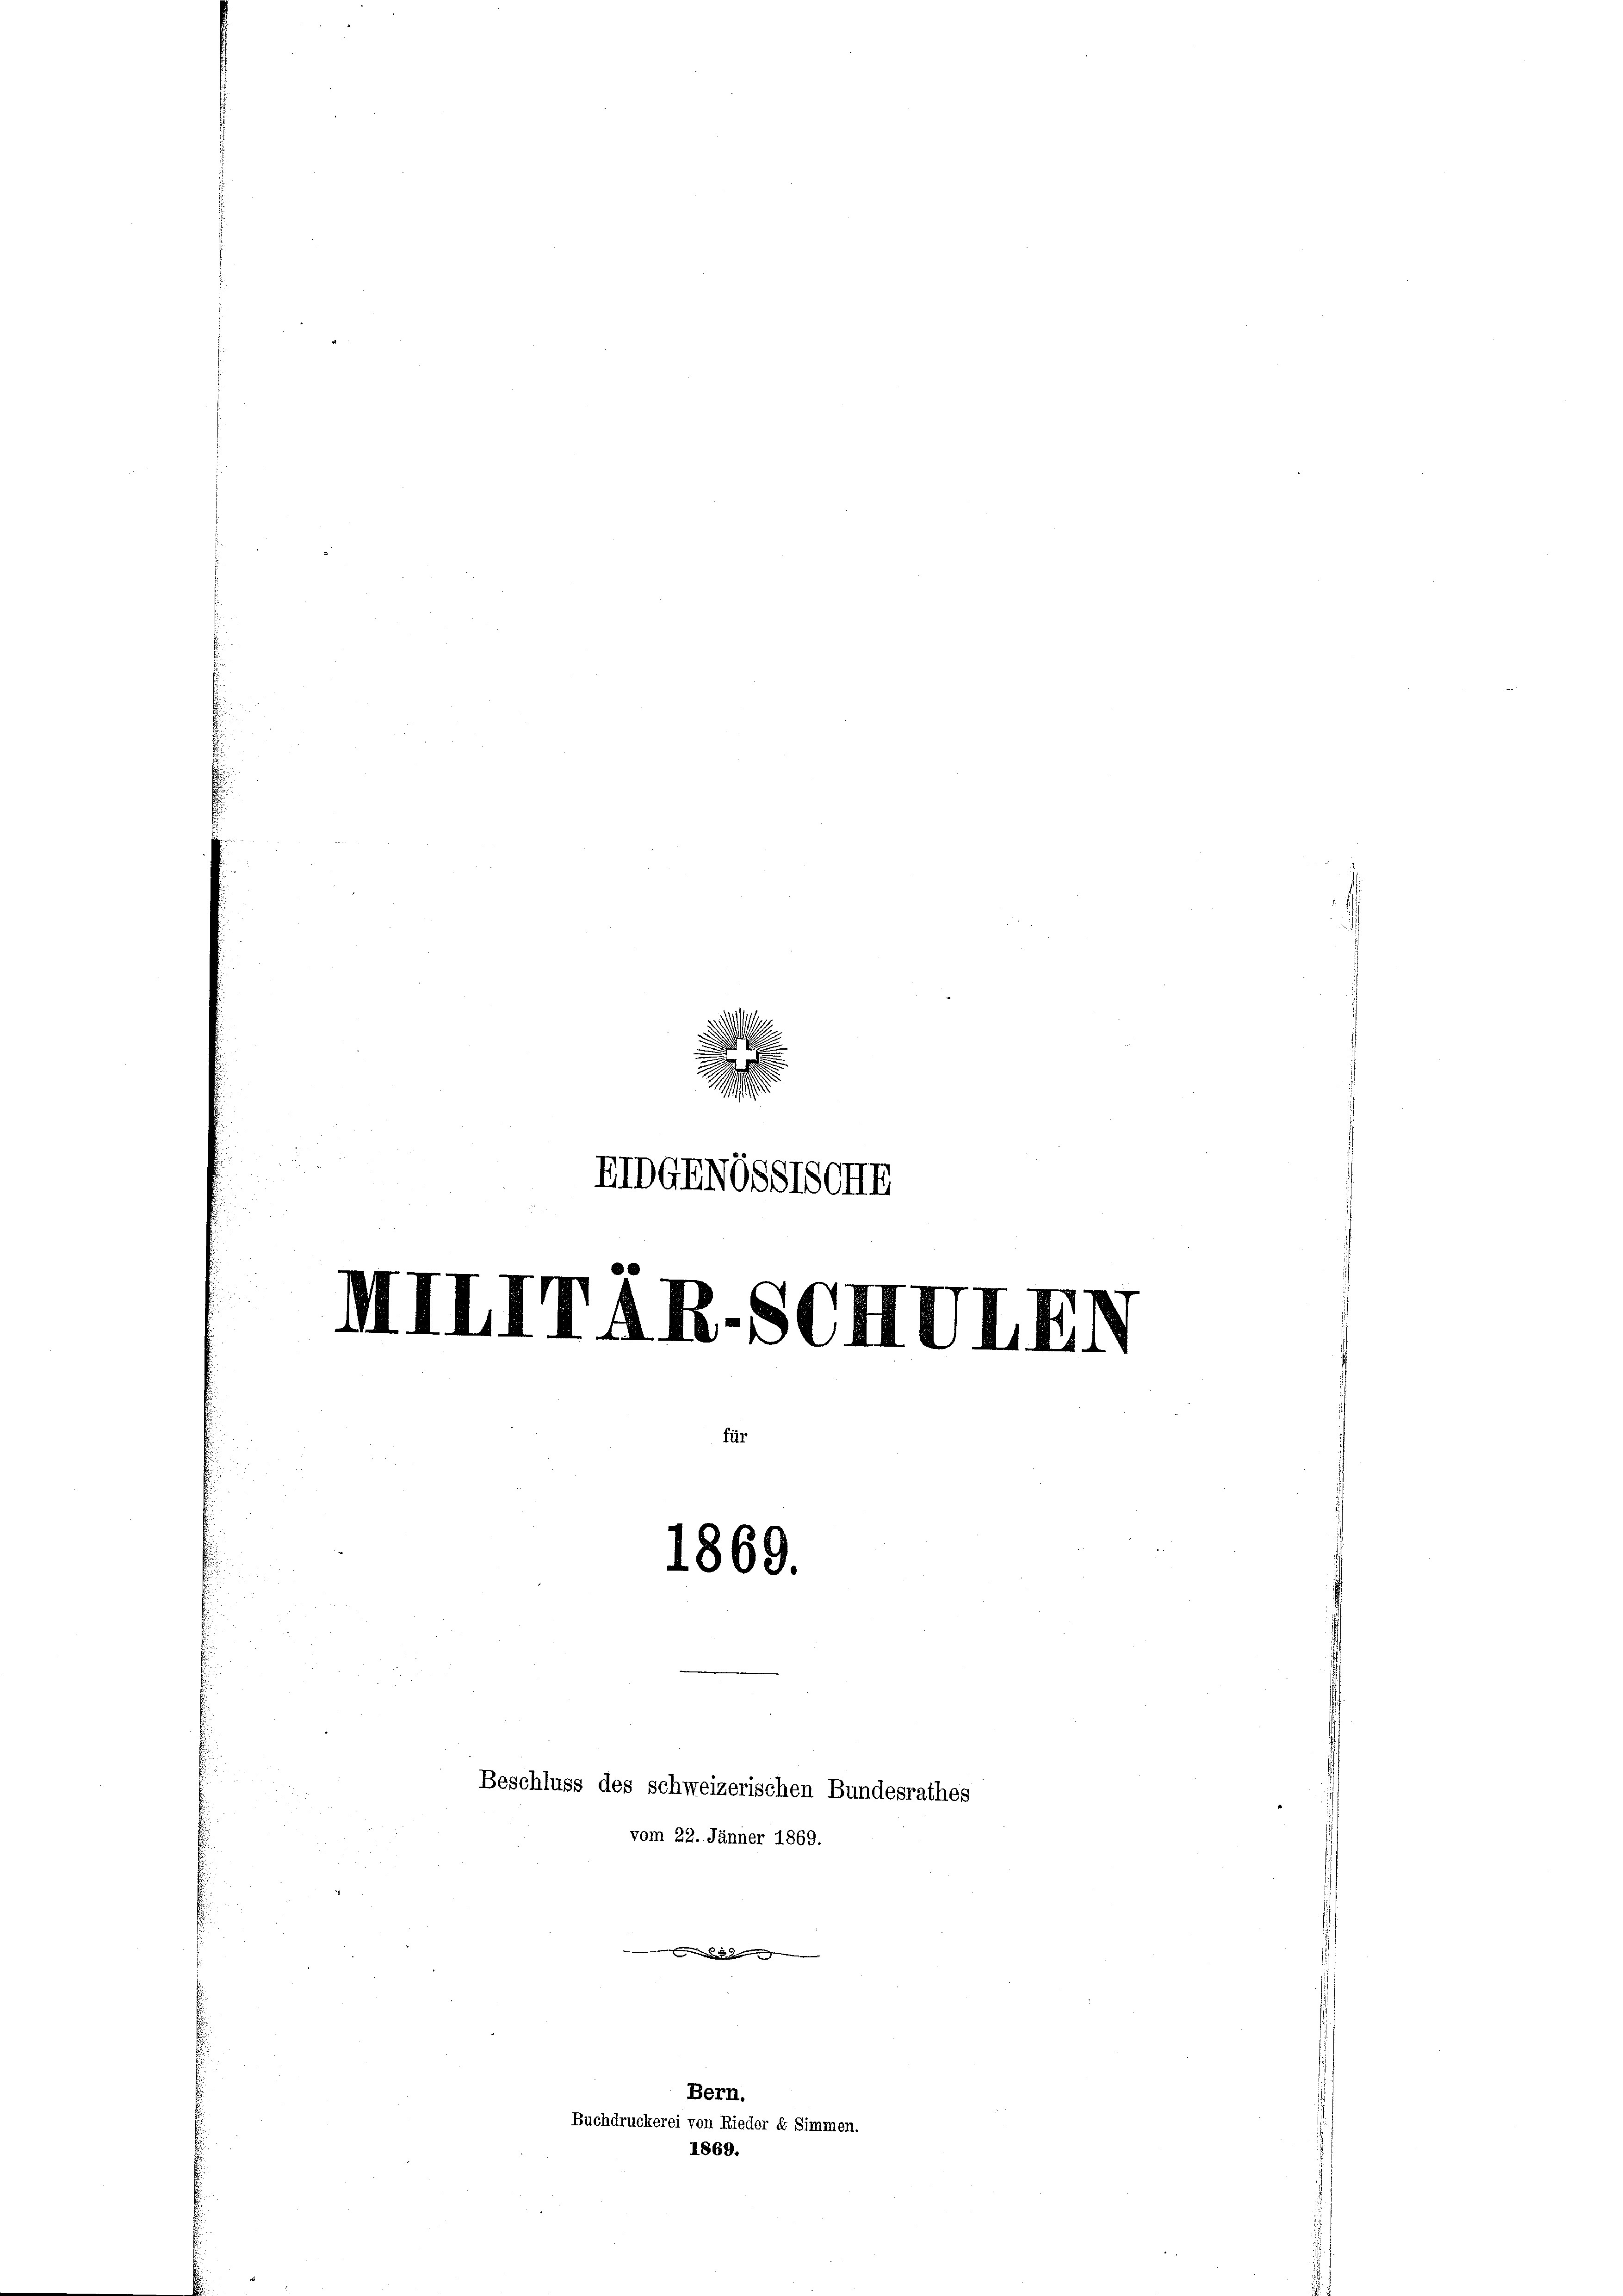
u
u
e
11

IIIIITAR.SC

fü
1869.

EIDGENSSTSCH

1869.

Bern.
Buchdruckerei von Rieder d Simmen.

Beschluss des schweizerischen Bundesrathes
vom 22. Jänner 1869.

III.

d